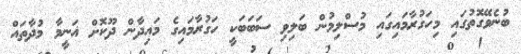
ބުނެވޭގޮތުގައި މިހަގުރާމައިގައި މުސްލިމުން ބަލިވި ސަބަބަކީ ހަގުރާމައިގެ މައިދާން ދޫކޮށް ޣަނީމާ މުދާތައް